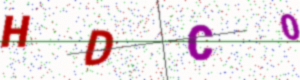
Text: HDC0